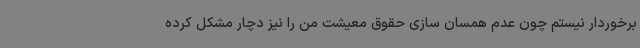
برخوردار نیستم چون عدم همسان سازی حقوق معیشت من را نیز دچار مشکل کرده